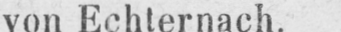
von Echternach.